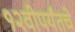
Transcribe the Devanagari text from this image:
१२वीपर्यंतचे